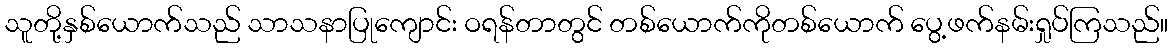
သူတို့နှစ်ယောက်သည် သာသနာပြုကျောင်း ဝရန်တာတွင် တစ်ယောက်ကိုတစ်ယောက် ပွေ့ဖက်နမ်းရှုပ်ကြသည်။